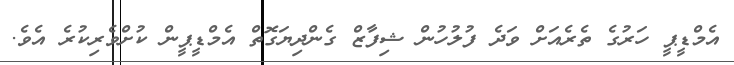
އެމްޑީޕީ ހަރުގެ ތެރެއަށް ވަދެ ފުލުހުން ޝިފާޒް ގެންދިޔަގޮތް އެމްޑީޕީން ކުށްވެރިކުރެ އެވެ.